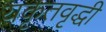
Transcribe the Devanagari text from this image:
यकृतवृद्धी